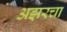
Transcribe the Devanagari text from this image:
अझरचा